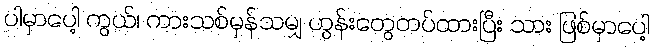
ပါမှာပေါ့ ကွယ်၊ ကားသစ်မှန်သမျှ ဟွန်းတွေတပ်ထားပြီး သား ဖြစ်မှာပေါ့